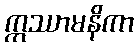
ဣဿာမနိကာ